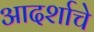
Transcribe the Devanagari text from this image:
आदर्शाचे